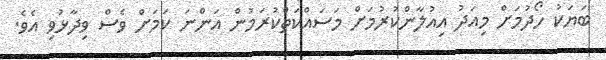
ބަޔަކު ހޯދުމަށް މިއަދު އިއުލާންކުރުމަށް މަސައްކަތްކުރަމުން އަންނަ ކަމަށް ވެސް ވިދާޅުވި އެވެ.